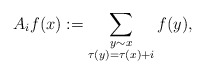
\begin{align*} A_if(x):=\sum_{\substack{y\sim x\\\tau(y)=\tau(x)+i}}f(y), \end{align*}